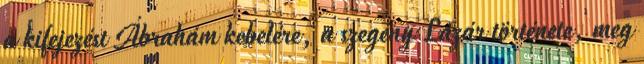
a kifejezést Ábrahám kebelére, a szegény Lázár története, meg